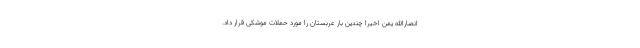
انصارالله یمن اخیرا چندین بار عربستان را مورد حملات موشکی قرار داد.